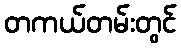
တကယ်တမ်းတွင်